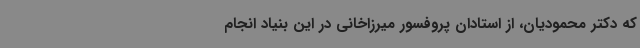
که دکتر محمودیان، از استادان پروفسور میرزاخانی در این بنیاد انجام